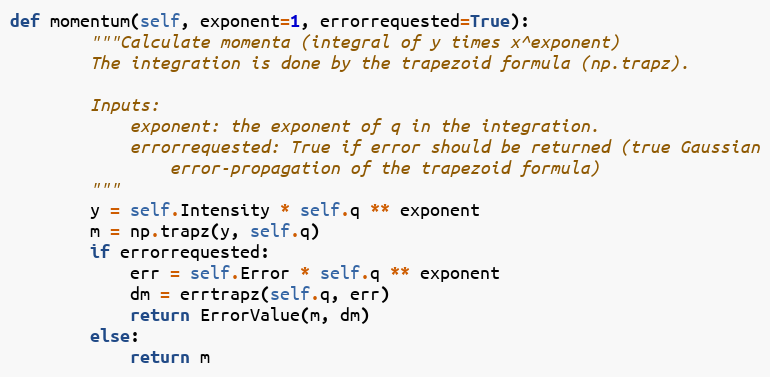
Language: Python
def momentum(self, exponent=1, errorrequested=True):
        """Calculate momenta (integral of y times x^exponent)
        The integration is done by the trapezoid formula (np.trapz).

        Inputs:
            exponent: the exponent of q in the integration.
            errorrequested: True if error should be returned (true Gaussian
                error-propagation of the trapezoid formula)
        """
        y = self.Intensity * self.q ** exponent
        m = np.trapz(y, self.q)
        if errorrequested:
            err = self.Error * self.q ** exponent
            dm = errtrapz(self.q, err)
            return ErrorValue(m, dm)
        else:
            return m